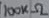
Text: 100KΩ